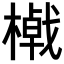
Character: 𣛔